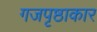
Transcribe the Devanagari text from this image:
गजपृष्ठाकार